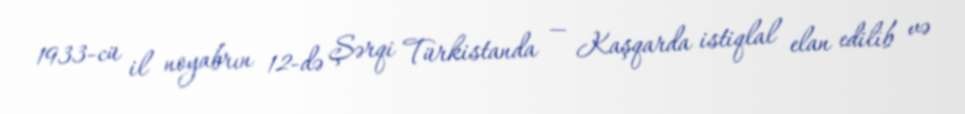
1933-cü il noyabrın 12-də Şərqi Türkistanda — Kaşqarda istiqlal elan edilib və